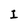
Character: I